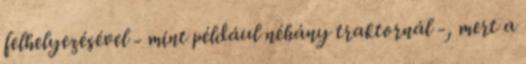
felhelyezésével - mint például néhány traktornál -, mert a